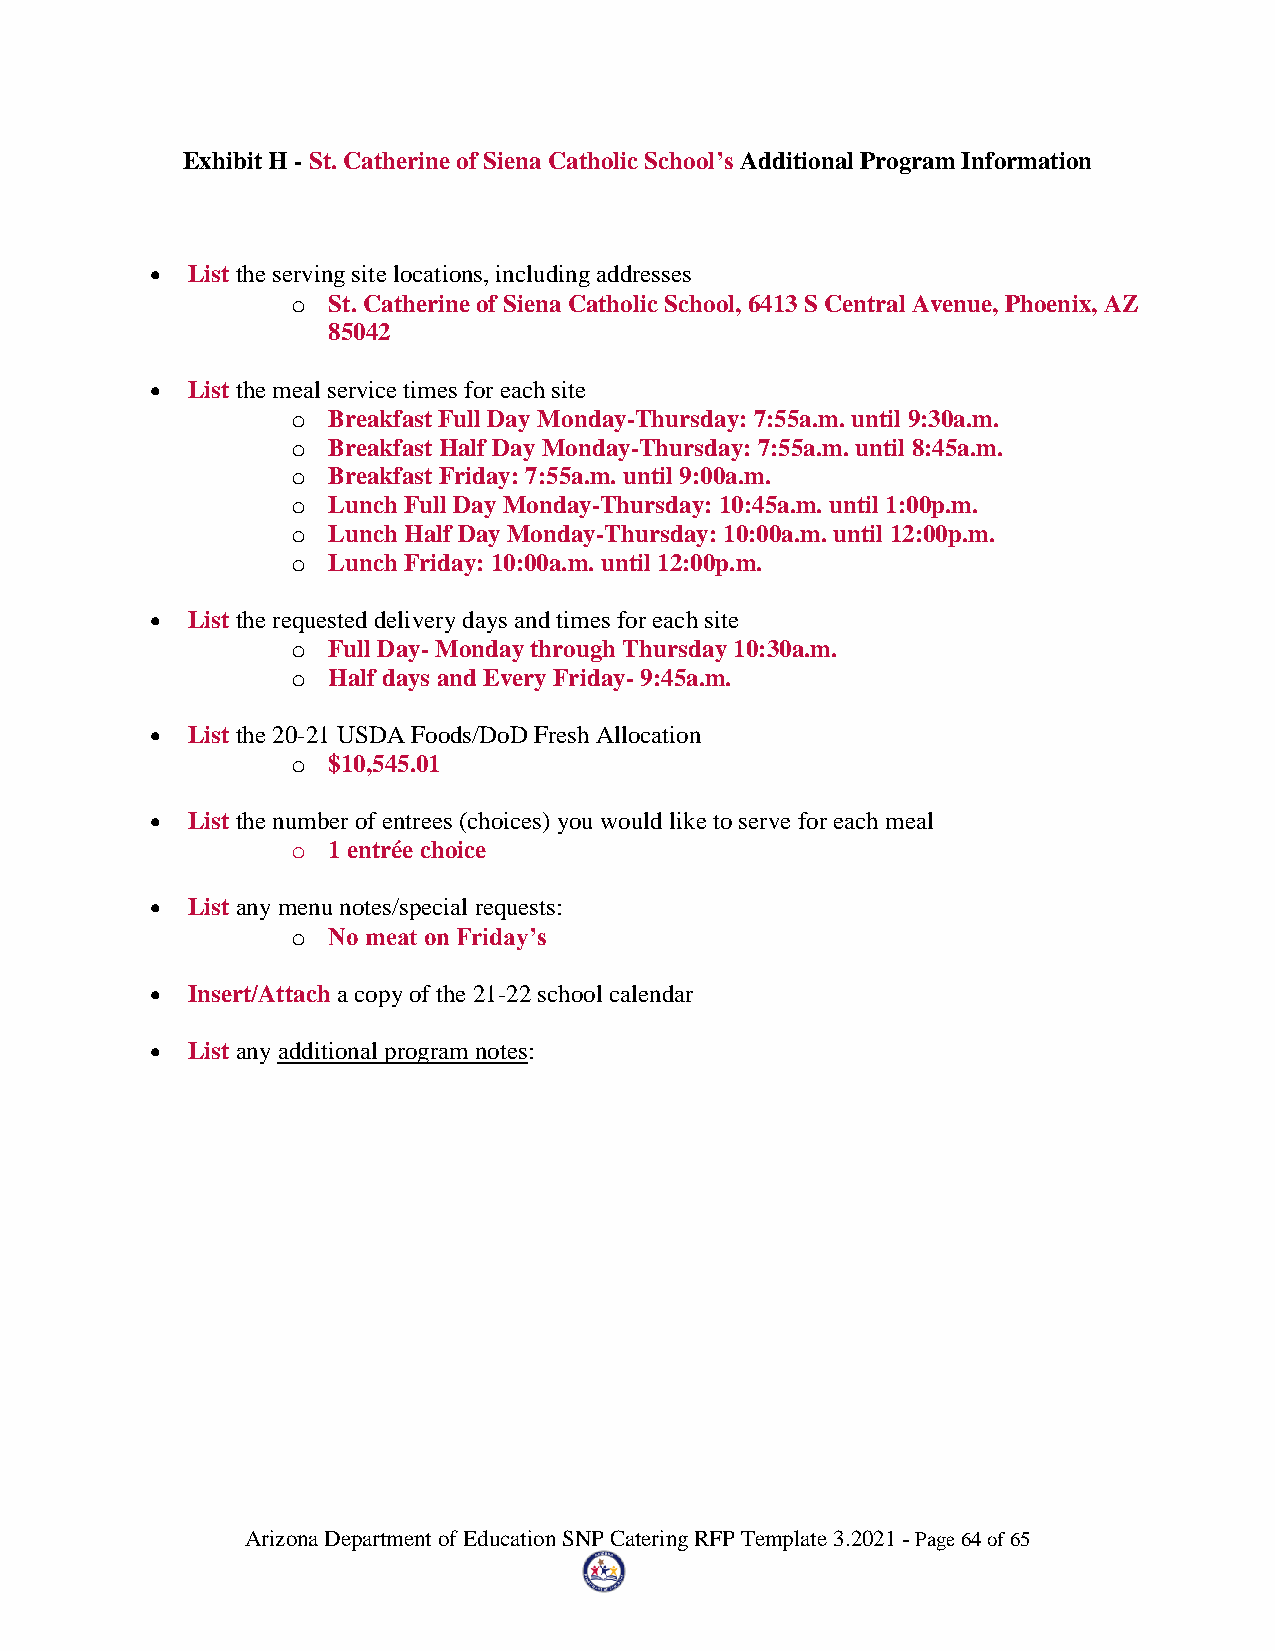
Exhibit H - St. Catherine of Siena Catholic School’s Additional Program Information
  List the serving site locations, including addresses
 o  St. Catherine of Siena Catholic School, 6413 S Central Avenue, Phoenix, AZ
 85042
  List the meal service times for each site
 o  Breakfast Full Day Monday-Thursday: 7:55a.m. until 9:30a.m.
 o  Breakfast Half Day Monday-Thursday: 7:55a.m. until 8:45a.m.
 o  Breakfast Friday: 7:55a.m. until 9:00a.m.
 o  Lunch Full Day Monday-Thursday: 10:45a.m. until 1:00p.m.
 o  Lunch Half Day Monday-Thursday: 10:00a.m. until 12:00p.m.
 o  Lunch Friday: 10:00a.m. until 12:00p.m.
  List the requested delivery days and times for each site
 o  Full Day- Monday through Thursday 10:30a.m.
 o  Half days and Every Friday- 9:45a.m.
  List the 20-21 USDA Foods/DoD Fresh Allocation
 o  $10,545.01
  List the number of entrees (choices) you would like to serve for each meal
 o  1 entrée choice
  List any menu notes/special requests:
 o  No meat on Friday’s
  Insert/Attach a copy of the 21-22 school calendar
  List any additional program notes:
 Arizona Department of Education SNP Catering RFP Template 3.2021 - Page 64 of 65